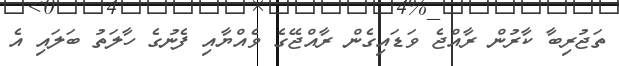
ތަޖުރިބާ ކާރުން ރާއްޖެ ވަޑައިގެން ރާއްޖޭގެ ވެއްޔާއި ފެނުގެ ހާލަތު ބަލައި އެ